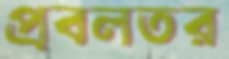
প্রবলতর